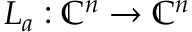
L _ { a } : \mathbb { C } ^ { n } \to \mathbb { C } ^ { n }